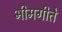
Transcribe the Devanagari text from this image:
भीमगीते